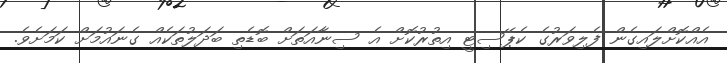
އެއްކޮށްލައިގެން ފެލިވަރުގެ ކެޕޭސިޓީ އިތުރުކޮށް އެ ސިނާއަތަށް ބޮޑެތި ބަދަލުތަކެއް ގެނައުމަށް ކަމަށެވެ.